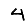
Digit: 4